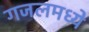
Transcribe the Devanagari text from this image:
गजलमध्ये